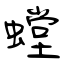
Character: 螳